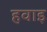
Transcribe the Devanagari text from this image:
हवाइ